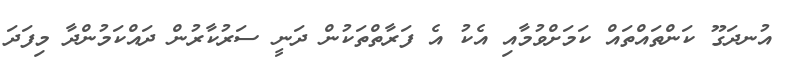
އުނދަގޫ ކަންތައްތައް ކަމަށްވުމާއި އެކު އެ ފަރާތްތަކުން ދަނީ ސަރުކާރުން ދައްކަމުންދާ މިފަދަ